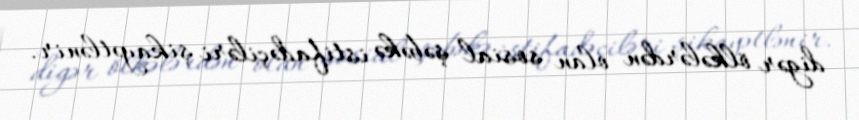
digər ölkələrdən olan sosial şəbəkə istifadəçiləri şikayətlənir.